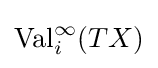
\operatorname {Val} _{i}^{\infty }(TX)